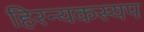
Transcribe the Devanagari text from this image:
हिरन्यकस्यप